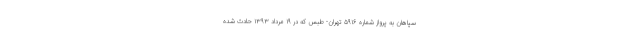
سپاهان به پرواز شماره ۵۹۱۶ تهران- طبس که در ۱۹ مرداد ۱۳۹۳ حادث شده